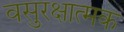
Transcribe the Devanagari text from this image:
वसुरक्षात्मक